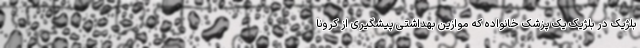
بلژیک در بلژیک یک پزشک خانواده که موازین بهداشتی پیشگیری از کرونا